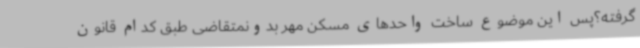
گرفته؟پس این موضوع ساخت واحدهای مسکن مهر بدونمتقاضی طبق کدام قانون